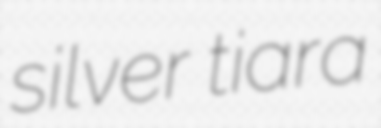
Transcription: silver tiara